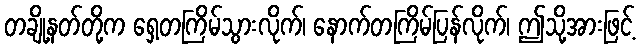
တချို့နတ်တို့က ရှေ့တကြိမ်သွားလိုက်၊ နောက်တကြိမ်ပြန်လိုက်၊ ဤသို့အားဖြင့်